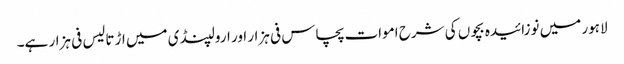
لاہور میں نوزائیدہ بچوں کی شرح اموات پچاس فی ہزار اور ارولپنڈی میں اڑتالیس فی ہزار ہے۔